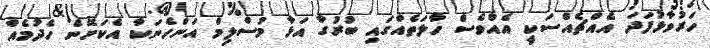
ހަރުވާޅުފަދަ އެއްޗެއްސަކީ އެއްވެސް ހާލަތެއްގައި ބުރުގާ އަޅާ މުސްލިމް އަންހެނަކާ އެކަށޭނެ ހެދުމެއް